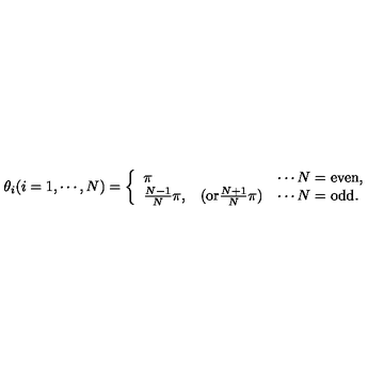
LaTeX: \theta _ { i } ( i = 1 , \cdots , N ) = \left\{ \begin{array} { l c l } { \pi } & { } & { \cdots N = \mathrm { e v e n } , } \\ { { \frac { N - 1 } { N } } \pi , } & { ( \mathrm { o r } { \frac { N + 1 } { N } } \pi ) } & { \cdots N = \mathrm { o d d } . } \\ \end{array} \right.